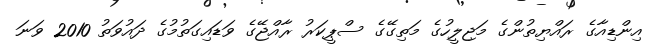
އިންޑިއާގެ ރައްޔިތުންގެ މަޖިލީހުގެ މަތިގޭގެ ސްޕީކަރު ރާއްޖޭގެ ވަޑައިގަތުމުގެ ދައުވަތު 2010 ވަނަ